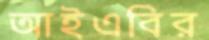
আইএবির